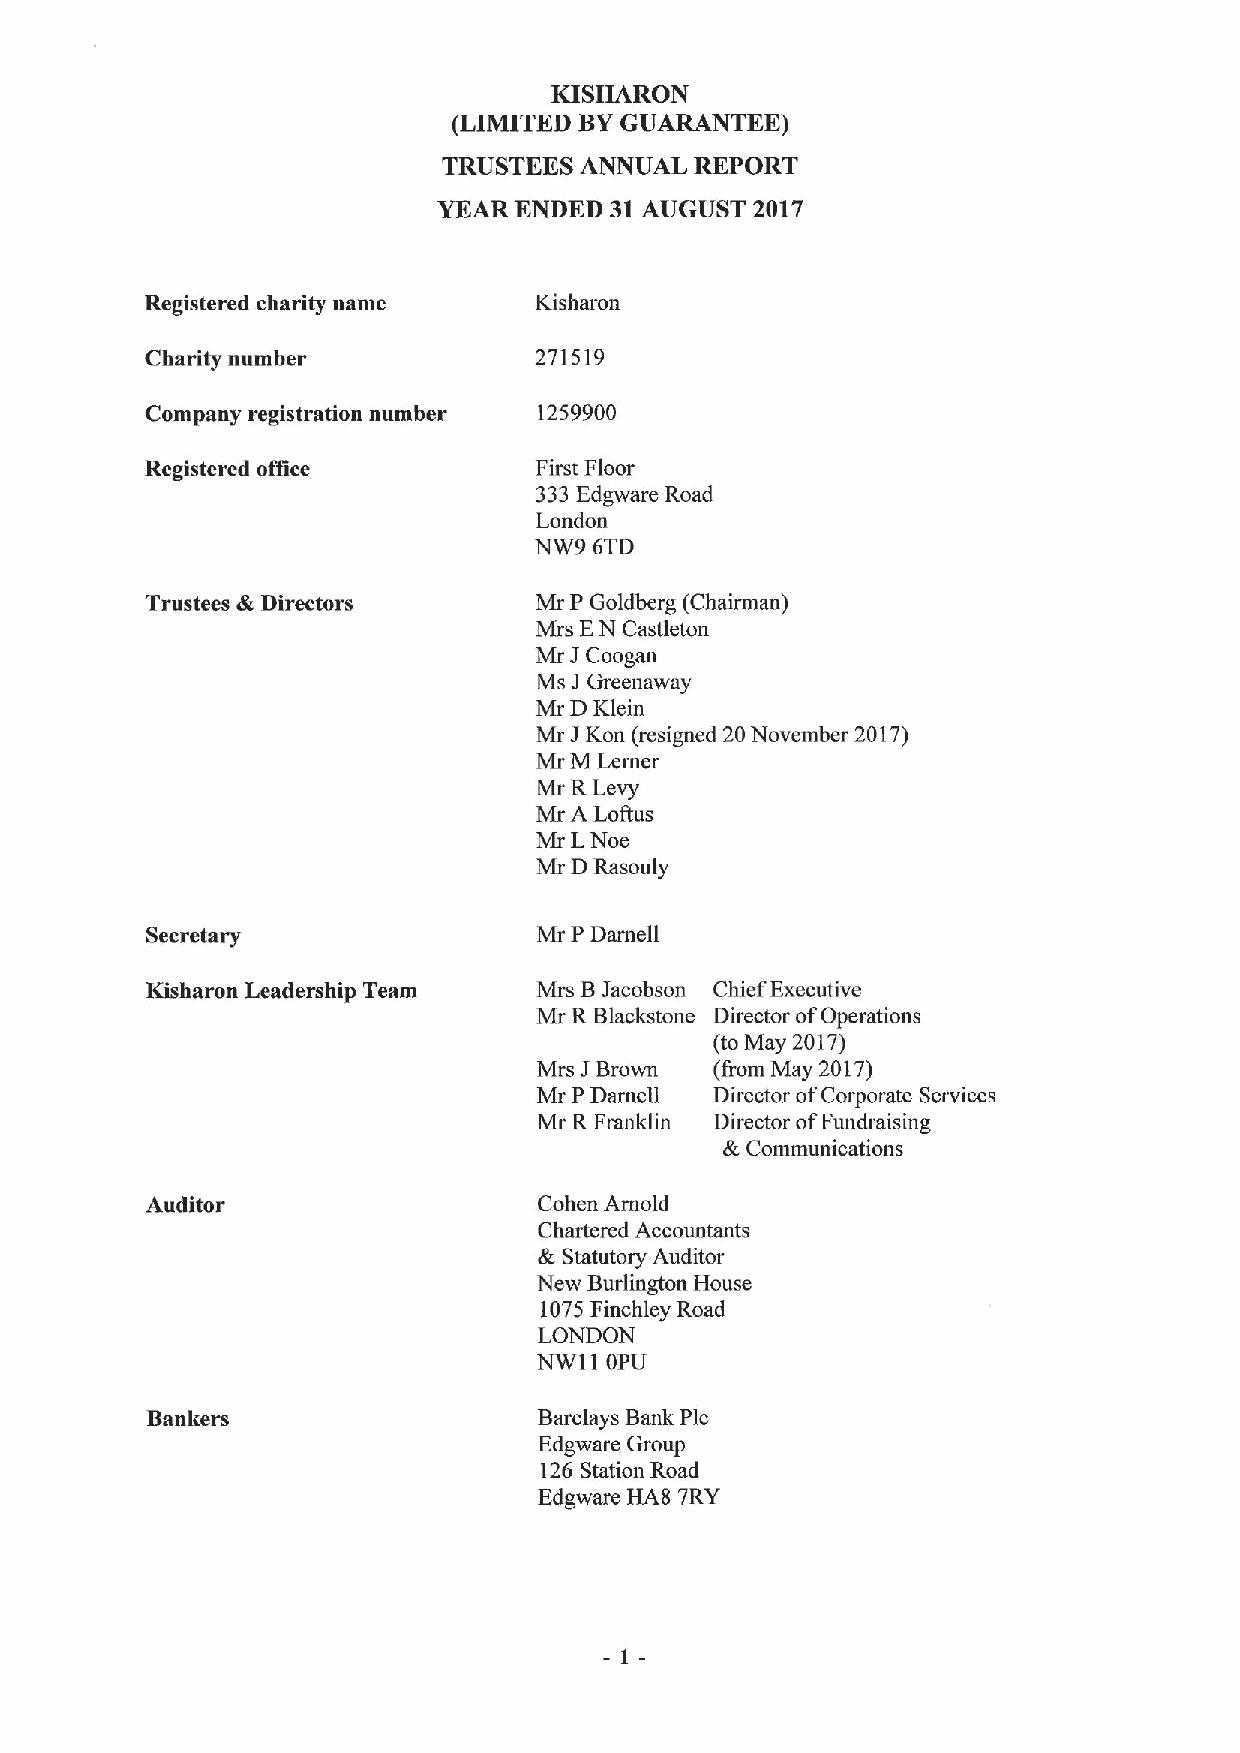
KISHARON
 (LIMITED BYGUARANTEE)
 TRUSTEES ANNUAL  REPORT
 YEAR ENDED 31AUGUST  2017
 Registered charity name  Kisharon
 Charity number           271519
 Company registration number 1259900
 Registered office        First Floor
 333Edgware Road
 London
 NW9 6TD
 Trustees &Directors      Mr P Goldberg (Chairman)
 Mrs EN Castleton
 Mr JCoogan
 Ms JGreenaway
 Mr DKlein
 Mr JKon (resigned 20November 2017)
 Mr M Lerner
 Mr RLevy
 Mr A Loitus
 Mr LNoe
 Mr DRasouly
 Secretary                 Mr PDarnell
 Kisharon Leadership Team  Mrs BJacobson Chief Executive
 Mr RBlackstone Director ofOperations
 (to May 2017)
 Mrs JBrown (from May 2017)
 Mr PDarnell Director ofCorporate Services
 Mr RFranklin Director ofFundraising
 &,Communications
 Auditor                   Cohen Arnold
 Chartered Accountants
 &Statutory Auditor
 New Burlington House
 1075Finchley Road
 LONDON
 NW11 OPU
 Bankers                   Barclays Bank Pic
 Edgware Group
 126 Station Road
 Edgware HAS 7RY